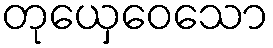
တုယှေဝေသော